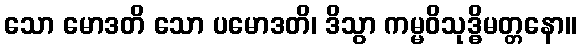
သော မောဒတိ သော ပမောဒတိ၊ ဒိသွာ ကမ္မဝိသုဒ္ဓိမတ္တနော။